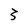
Character: 3